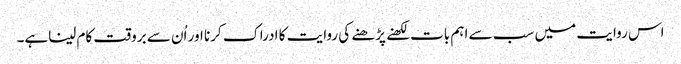
اس روایت میں سب سے اہم بات لکھنے پڑھنے کی روایت کا ادراک کرنا اور اُن سے بروقت کام لیناہے۔